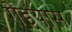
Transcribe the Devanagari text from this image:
गेइयास